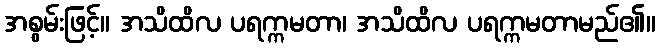
အစွမ်းဖြင့်။ အသိထိလ ပရက္ကမတာ၊ အသိထိလ ပရက္ကမတာမည်၏။